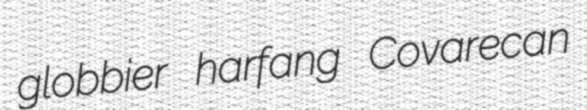
globbier harfang Covarecan